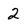
Character: 2